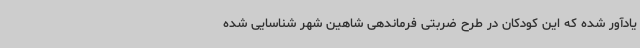
یادآور شده که این کودکان در طرح ضربتی فرماندهی شاهین شهر شناسایی شده